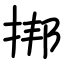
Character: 挷